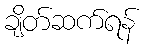
ချိတ်ဆက်ရန်